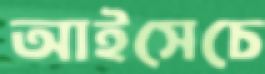
আইসেচে